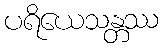
ပရိယေသန္တဿ